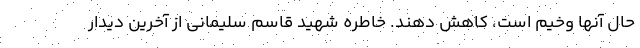
حال آنها وخیم است، کاهش دهند. خاطره شهید قاسم سلیمانی از آخرین دیدار